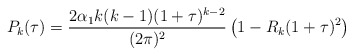
\begin{align*}P_{k}(\tau)=\frac{2\alpha_{1}k(k-1)(1+\tau)^{k-2}}{(2\pi)^{2}}\left(1-R_{k}(1+\tau)^{2}\right)\end{align*}